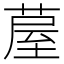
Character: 𮐂